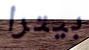
بيترا